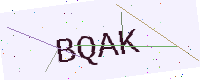
Text: BQAK